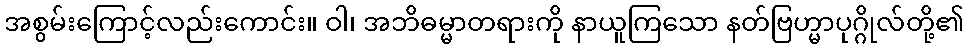
အစွမ်းကြောင့်လည်းကောင်း။ ဝါ၊ အဘိဓမ္မာတရားကို နာယူကြသော နတ်ဗြဟ္မာပုဂ္ဂိုလ်တို့၏